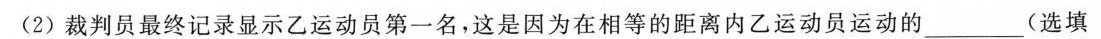
(2)裁判员最终记录显示乙运动员第一名，这是因为在相等的距离内乙运动员运动的 ___ (选填